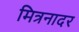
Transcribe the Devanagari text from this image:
मित्रनादर